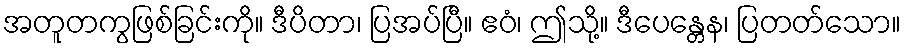
အတူတကွဖြစ်ခြင်းကို။ ဒီပိတာ၊ ပြအပ်ပြီ။ ဧဝံ၊ ဤသို့။ ဒီပေန္တေန၊ ပြတတ်သော။